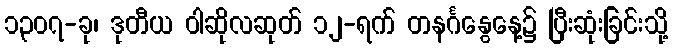
၁၃၀၇-ခု၊ ဒုတီယ ဝါဆိုလဆုတ် ၁၂-ရက် တနင်္ဂနွေနေ့၌ ပြီးဆုံးခြင်းသို့